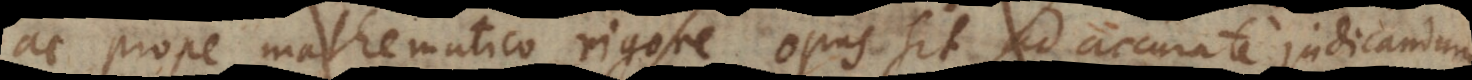
ac prope mathematico rigore, opus sit ad accurate judicandum